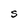
Character: S